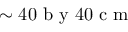
\sim 4 0 \mathrm { ~ b ~ y ~ } 4 0 \mathrm { ~ c ~ m ~ }